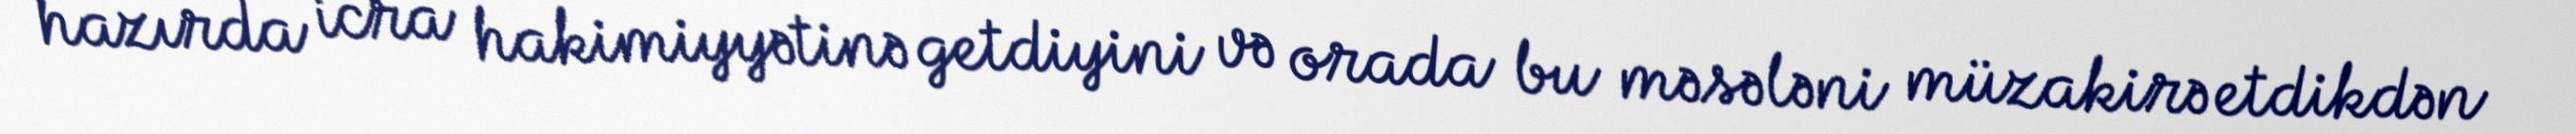
hazırda icra hakimiyyətinə getdiyini və orada bu məsələni müzakirə etdikdən